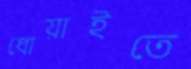
ধোয়াইতে